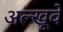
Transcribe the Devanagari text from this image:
अल्खूवे